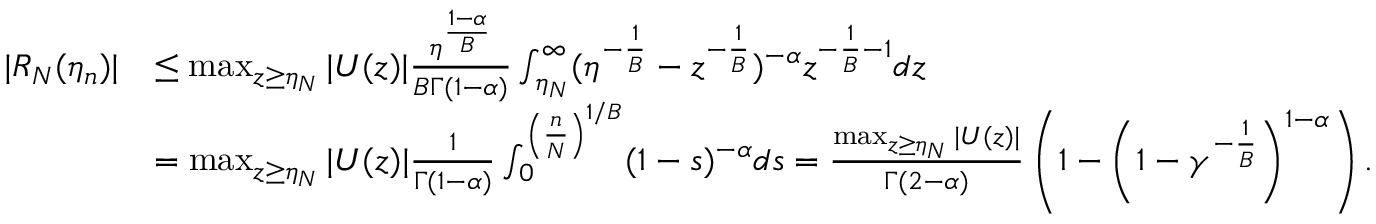
\begin{array} { r l } { | R _ { N } ( \eta _ { n } ) | } & { \leq \operatorname* { m a x } _ { z \geq \eta _ { N } } | U ( z ) | \frac { \eta ^ { \frac { 1 - \alpha } { B } } } { B \Gamma ( 1 - \alpha ) } \int _ { \eta _ { N } } ^ { \infty } ( \eta ^ { - \frac { 1 } { B } } - z ^ { - \frac { 1 } { B } } ) ^ { - \alpha } z ^ { - \frac { 1 } { B } - 1 } d z } \\ & { = \operatorname* { m a x } _ { z \geq \eta _ { N } } | U ( z ) | \frac { 1 } { \Gamma ( 1 - \alpha ) } \int _ { 0 } ^ { \left( \frac { n } { N } \right) ^ { 1 / B } } ( 1 - s ) ^ { - \alpha } d s = \frac { \operatorname* { m a x } _ { z \geq \eta _ { N } } | U ( z ) | } { \Gamma ( 2 - \alpha ) } \left( 1 - \left( 1 - \gamma ^ { - \frac { 1 } { B } } \right) ^ { 1 - \alpha } \right) . } \end{array}